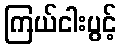
ကြယ်ငါးပွင့်